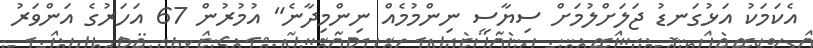
އެކަމަކު އަޅުގަނޑު ޖަލަށްލުމަށް ސިޔާސީ ނިންމުމެއް ނިންމިދާނެ" އުމުރުން 67 އަހަރުގެ އަންވަރު